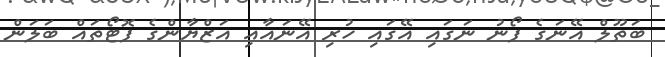
ބަތޫލް އޭނަގެ ފޯނު ނަގައި އޭގައި ހުރި އޭނައާއި އަޒްޔާންގެ ފޮޓޯތައް ބަލަން